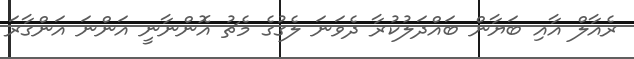
ރެއާލް އާއި ބަޔާން ބައްދަލުކުރާ ދެވަނަ ލެގުގެ މެޗު އޮންނާނީ އަންނަ އަންގާރަ